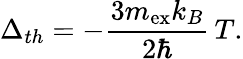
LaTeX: \Delta_{th}=-\frac{3m_{\mathrm{ex}}k_{B}}{2\hbar}\, T.